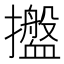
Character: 𢹋